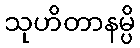
သုဟိတာနမ္ပိ